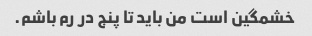
خشمگین است من باید تا پنج در رم باشم.